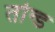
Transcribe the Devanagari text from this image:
तोन्ड